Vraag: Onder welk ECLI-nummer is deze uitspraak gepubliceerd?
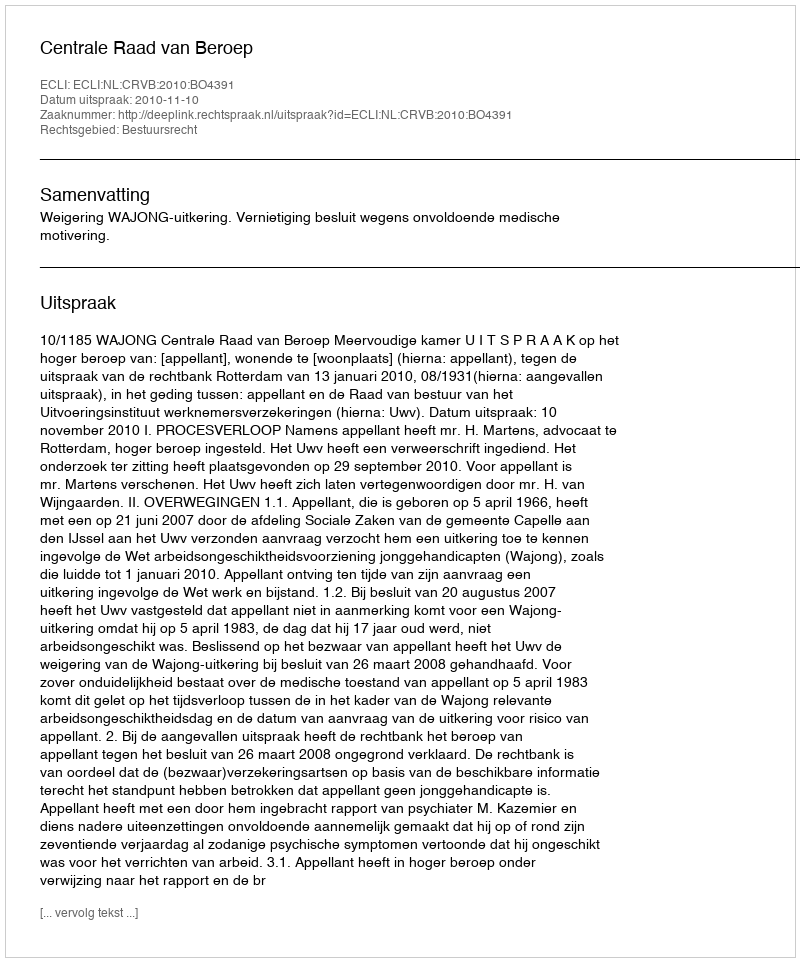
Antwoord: ECLI:NL:CRVB:2010:BO4391